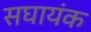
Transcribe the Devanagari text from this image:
सघायंक